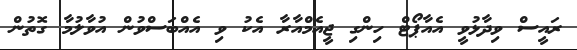
ރައީސް ވިދާޅުވީ އެއާޕޯޓް ހިންގި ޖީއެމްއާރާ އެކު ވި އެއްބަސްވުން އުވާލުމާ ގޮތުން